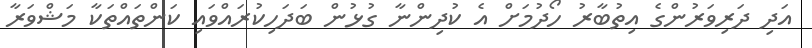
އަދި ދަރިވަރުންގެ އިތުބާރު ހޯދުމަށް އެ ކުދިންނާ ގުޅުން ބަދަހިކުރައްވައި ކަންތައްތަކާ މަޝްވަރާ